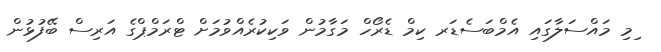
ިމި މައްސަލާގައި އެމްބަސެޑަރ ކިމް ޑެރޯހް މަގާމުން ވަކިކުރެއްވުމަށް ޓްރަމްޕްގެ އަރިސް ބޭފުޅުން